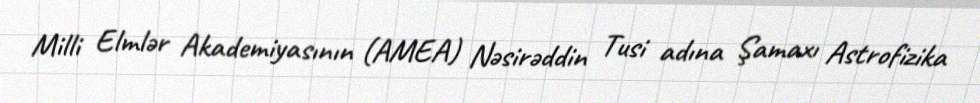
Milli Elmlər Akademiyasının (AMEA) Nəsirəddin Tusi adına Şamaxı Astrofizika